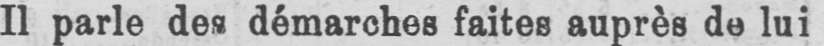
Il parle des démarches faites auprès de lui